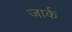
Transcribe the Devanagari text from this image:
जार्क